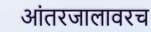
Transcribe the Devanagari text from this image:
आंतरजालावरच